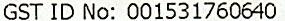
GST ID NO: 001531760640